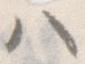
ハ